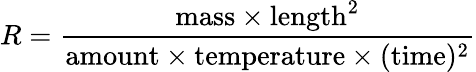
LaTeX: R={\frac{\mathrm{mass}\times\mathrm{length}^{2}}{\mathrm{amount}\times\mathrm{temperature}\times(\mathrm{time})^{2}}}